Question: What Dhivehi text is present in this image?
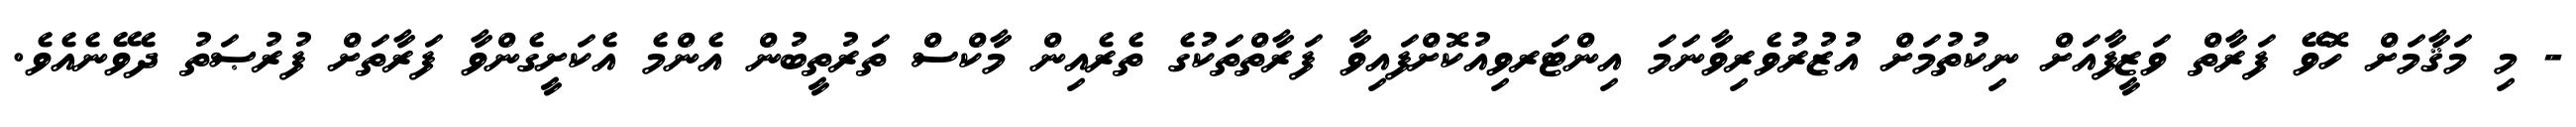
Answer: - މި މަޤާމަށް ހޮވޭ ފަރާތް ވަޒީފާއަށް ނިކުތުމަށް އުޒުރުވެރިވާނަމަ އިންޓަރވިއުކޮށްފައިވާ ފަރާތްތަކުގެ ތެރެއިން މާކްސް ތަރުތީބުން އެންމެ އެކަށީގެންވާ ފަރާތަށް ފުރުޞަތު ދެވޭނެއެވެ.